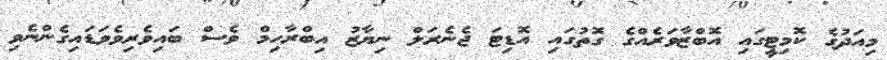
މިއަދުގެ ކޮމިޓީގައި އޮބްޒާވަރެއްގެ ގޮތުގައި އޮޑިޓަ ޖެނެރަލް ނިޔާޒު އިބްރާހިމް ވެސް ބައިވެރިވެވަޑައިގެންނެވި